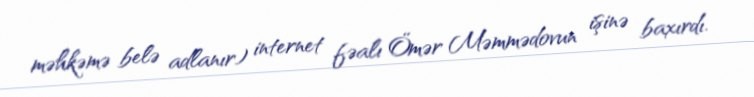
məhkəmə belə adlanır) internet fəalı Ömər Məmmədovun işinə baxırdı.